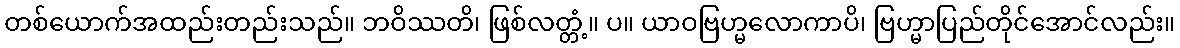
တစ်ယောက်အထည်းတည်းသည်။ ဘဝိဿတိ၊ ဖြစ်လတ္တံ့။ ပ။ ယာဝဗြဟ္မလောကာပိ၊ ဗြဟ္မာပြည်တိုင်အောင်လည်း။